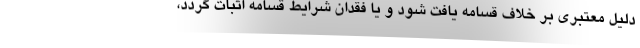
دلیل معتبری بر خلاف قسامه یافت شود و یا فقدان شرایط قسامه اثبات گردد،